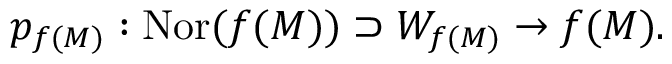
p _ { f ( M ) } : \operatorname { N o r } ( f ( M ) ) \supset W _ { f ( M ) } \to f ( M ) .